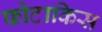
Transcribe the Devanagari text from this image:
फोटाकिस